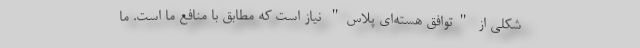
شکلی از "توافق هسته‌ای پلاس" نیاز است که مطابق با منافع ما است. ما